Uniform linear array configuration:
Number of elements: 48
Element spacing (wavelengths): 0.75
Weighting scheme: uniform
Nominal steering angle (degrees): -15
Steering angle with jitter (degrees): -16.095
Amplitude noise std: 0.05
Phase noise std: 0.05

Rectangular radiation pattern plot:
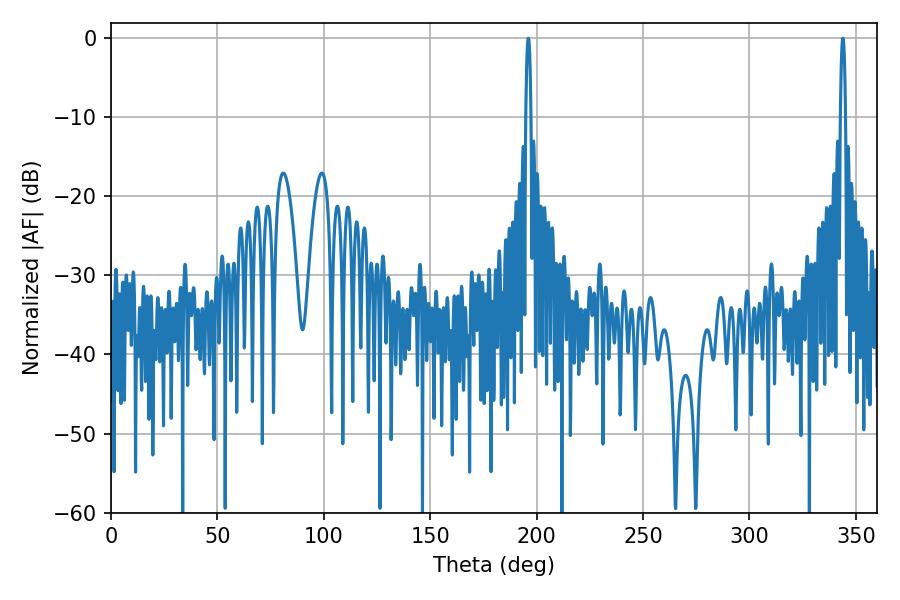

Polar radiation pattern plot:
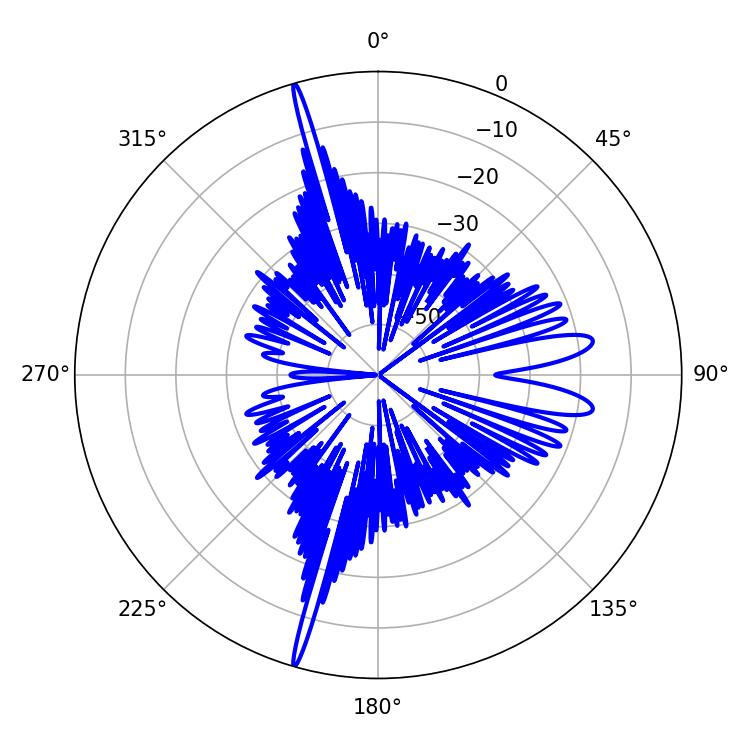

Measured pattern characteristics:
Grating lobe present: TRUE
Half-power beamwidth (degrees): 1.26
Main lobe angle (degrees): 196.02